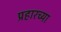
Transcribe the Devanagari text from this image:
प्रहारच्या